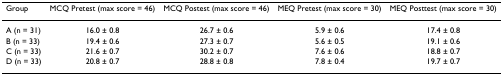
| Group | MCQ Pretest (max score = 46) | MCQ Postest (max score = 46) | MEQ Pretest (max score = 30) | MEQ Posttest (max score = 30) |
 | --- | --- | --- | --- | --- |
 | A (n = 31) | 16.0 ± 0.8 | 26.7 ± 0.6 | 5.9 ± 0.6 | 17.4 ± 0.8 |
 | B (n = 33) | 19.4 ± 0.6 | 27.3 ± 0.7 | 5.6 ± 0.5 | 19.1 ± 0.6 |
 | C (n = 33) | 21.6 ± 0.7 | 30.2 ± 0.7 | 7.6 ± 0.6 | 18.8 ± 0.7 |
 | D (n = 33) | 20.8 ± 0.7 | 28.8 ± 0.8 | 7.8 ± 0.4 | 19.7 ± 0.7 |